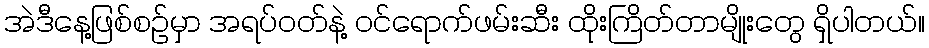
အဲဒီနေ့ဖြစ်စဉ်မှာ အရပ်ဝတ်နဲ့ ဝင်ရောက်ဖမ်းဆီး ထိုးကြိတ်တာမျိုးတွေ ရှိပါတယ်။